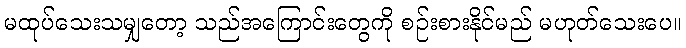
မထုပ်သေးသမျှတော့ သည်အကြောင်းတွေကို စဉ်းစားနိုင်မည် မဟုတ်သေးပေ။